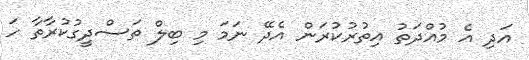
އަދި އެ މުއްދަތު އިތުރުކުރަން އެދޭ ނަމަ މި ބިލް ތަސްދީގުކުރާތާ ހަ